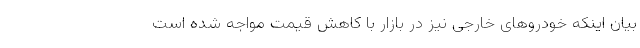
بیان اینکه خودروهای خارجی نیز در بازار با کاهش قیمت مواجه شده است